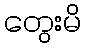
တွေးမိ